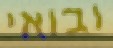
ובואי